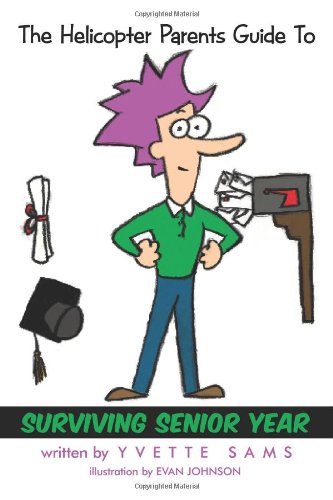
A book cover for The Helicopter Parents Guide To - Surviving Senior Year; Engineering & Transportation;